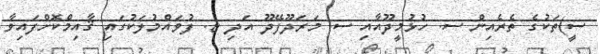
ސީ)ތަކުގެ ތެރެއިން ސ. ހުޅުމީދޫއާއި ސ. މަރަދޫފޭދޫ އަދި ޏ. ފުވައްމުލަކުގައި ޤާއިމްކޮށްފައިވާ